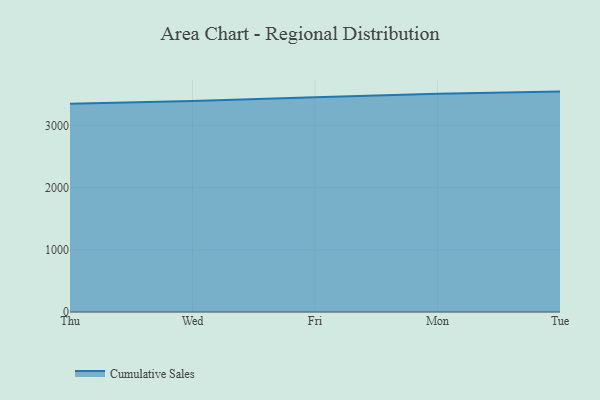
{"axis": {"x": "Day", "y": "Latency (ms)"}, "legend": ["Cumulative Sales"], "data": [{"x": "Thu", "y": 3352.9, "type": "Cumulative Sales"}, {"x": "Wed", "y": 3394.1, "type": "Cumulative Sales"}, {"x": "Fri", "y": 3454.7, "type": "Cumulative Sales"}, {"x": "Mon", "y": 3510.0, "type": "Cumulative Sales"}, {"x": "Tue", "y": 3546.4, "type": "Cumulative Sales"}]}